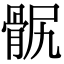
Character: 䯌